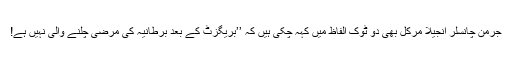
جرمن چانسلر انجیلا مرکل بھی دو ٹوک الفاظ میں کہہ چکی ہیں کہ ’’بریگزٹ کے بعد برطانیہ کی مرضی چلنے والی نہیں ہے!